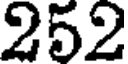
252